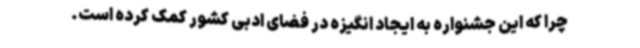
چرا که این جشنواره به ایجاد انگیزه در فضای ادبی کشور کمک کرده است.